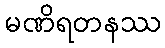
မဏိရတနဿ